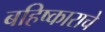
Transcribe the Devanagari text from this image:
बहिष्काराचे